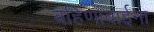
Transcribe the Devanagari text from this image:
बहिणाबाईना